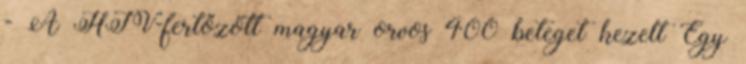
- A HIV-fertőzött magyar orvos 400 beteget kezelt Egy